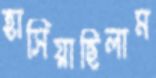
হাসিয়াছিলাম